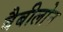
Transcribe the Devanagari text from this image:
बैबीलोन